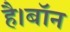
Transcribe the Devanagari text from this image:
है।बॉन